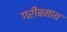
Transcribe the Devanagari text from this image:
गरीबनाथ